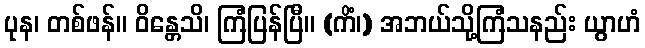
ပုန၊ တစ်ဖန်။ ဝိန္တေသိ၊ ကြံပြန်ပြီ။ (ကိံ၊) အဘယ်သို့ကြံသနည်း ယွာဟံ